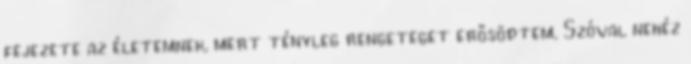
fejezete az életemnek, mert tényleg rengeteget erősödtem. Szóval nehéz